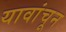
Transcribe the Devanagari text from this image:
यावांचून